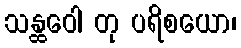
သန္ထဝေါ တု ပရိစယော၊